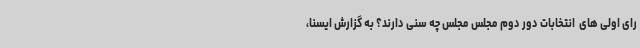
رای اولی های  انتخابات دور دوم مجلس مجلس چه سنی دارند؟ به گزارش ایسنا،